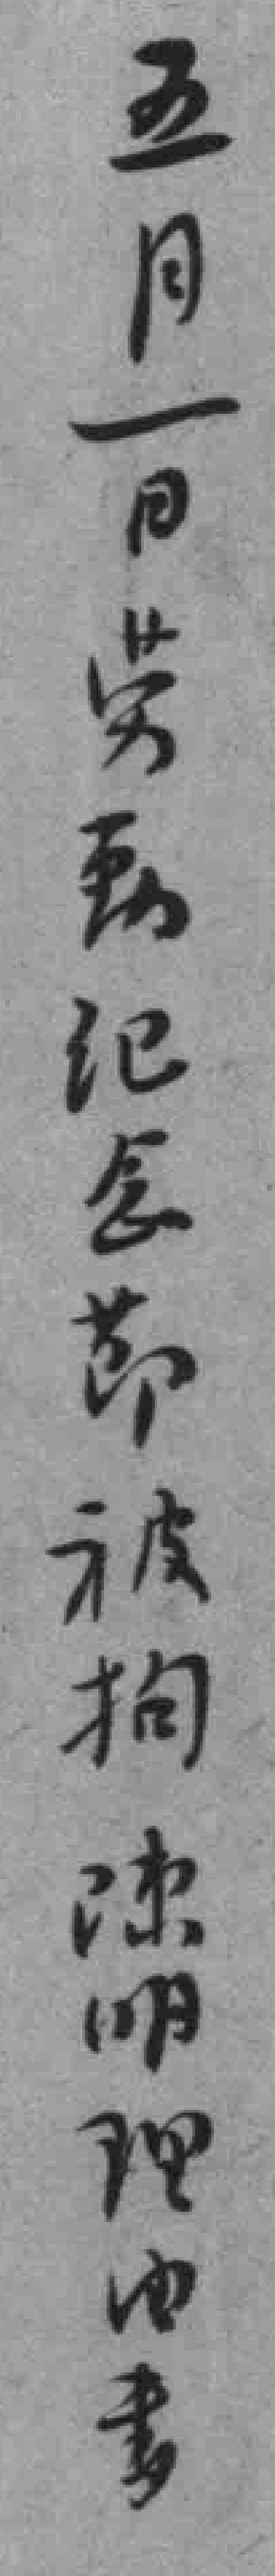
五月一日劳動紀念節被拘陳明理由書